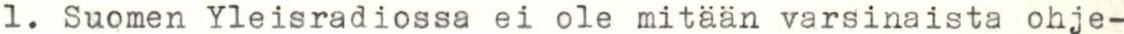
1. Suomen Yleisradiossa ei ole mitään varsinaista ohje-